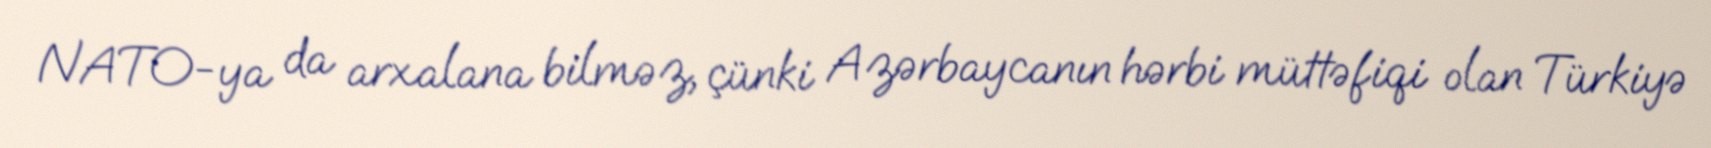
NATO-ya da arxalana bilməz, çünki Azərbaycanın hərbi müttəfiqi olan Türkiyə